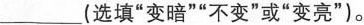
___(选填”变暗””不变”或”变亮”)。